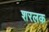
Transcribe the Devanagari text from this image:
शरलक